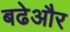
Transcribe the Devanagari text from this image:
बढेऔर